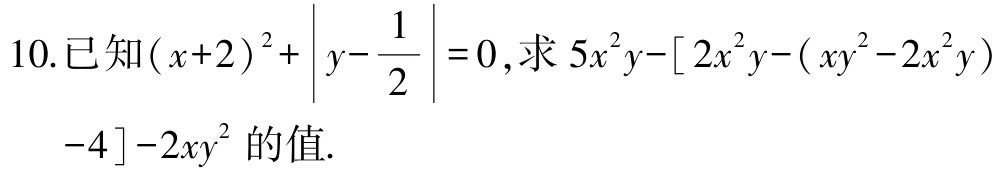
10.已知\((x + 2)^2+\left|y - \dfrac{1}{2}\right| = 0\)，求\(5x^{2}y-\left[2x^{2}y-(xy^{2}-2x^{2}y)-4\right]-2xy^{2}\)的值.